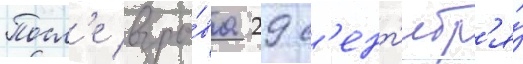
Посл'е взры́ва 29 с'ент'ябр'я́